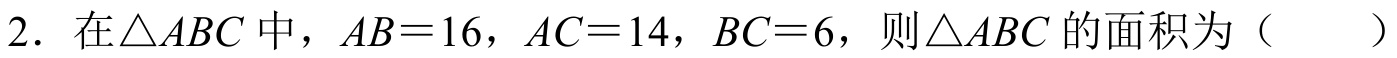
2. 在$\triangle ABC$中，$AB = 16$，$AC = 14$，$BC = 6$，则$\triangle ABC$的面积为（  ）